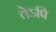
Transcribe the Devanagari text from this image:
तेऽपि